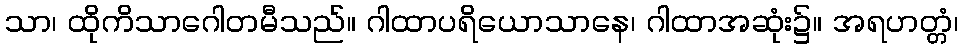
သာ၊ ထိုကိသာဂေါတမီသည်။ ဂါထာပရိယောသာနေ၊ ဂါထာအဆုံး၌။ အရဟတ္တံ၊